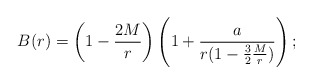
\begin{align*}B(r) = \left(1-{2M\over r}\right)\left(1+{a\over r(1-{3\over2}{M\over r})}\right);\end{align*}